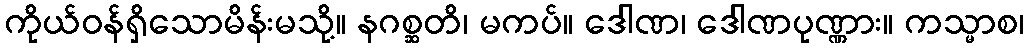
ကိုယ်ဝန်ရှိသောမိန်းမသို့။ နဂစ္ဆတိ၊ မကပ်။ ဒေါဏ၊ ဒေါဏပုဏ္ဏား။ ကသ္မာစ၊